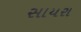
સાયરા